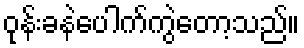
ဝုန်းခနဲပေါက်ကွဲတော့သည်။